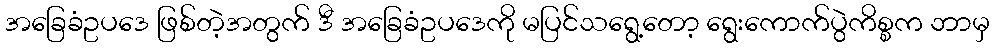
အခြေခံဥပဒေ ဖြစ်တဲ့အတွက် ဒီ အခြေခံဥပဒေကို မပြင်သရွေ့တော့ ရွေးကောက်ပွဲကိစ္စက ဘာမှ